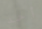
أحد